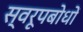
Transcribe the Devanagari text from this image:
स्वरूपबोधों